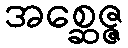
အစ္ဆေဇ္ဇ